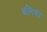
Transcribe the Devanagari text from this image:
अमिश्री